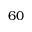
6 0